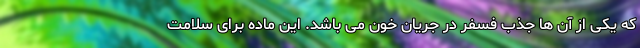
که یکی از آن ها جذب فسفر در جریان خون می باشد. این ماده برای سلامت